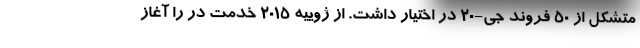
متشکل از 50 فروند جی-20 در اختیار داشت. از ژوییه 2015 خدمت در را آغاز